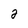
Character: 2